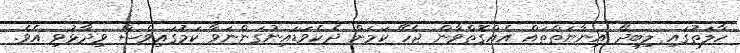
ހާލަތުގައި ލިބިދޭ އިނާޔަތްތައް އެއްގޮތްވާން ޖެހޭ ކަމަށް ދެކެވަޑައިނުގަންނަވާ ކަމުގައިވެސް ވިދާޅުވި އެވެ.